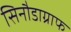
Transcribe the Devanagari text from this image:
सिनौडाग्राफ